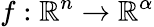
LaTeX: f:\mathbb{R}^{n}\rightarrow\mathbb{R}^{\alpha}